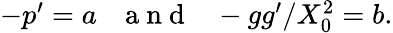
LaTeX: \begin{array}{r}{-p^{\prime}=a~~~\mathrm{~a~n~d~}~~~-gg^{\prime}/X_{0}^{2}=b.}\end{array}